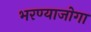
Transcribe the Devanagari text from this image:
भरण्याजोगा